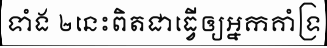
ទាំង ២នេះពិតជាធ្វើឲ្យអ្នកគាំទ្រ